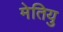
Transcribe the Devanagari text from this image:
मेतियु